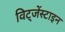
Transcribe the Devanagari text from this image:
विट्जेंस्टाइन